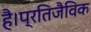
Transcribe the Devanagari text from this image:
है।प्रतिजैविक